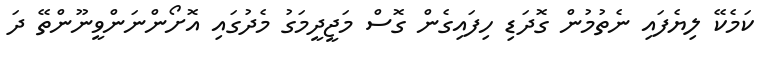
ކަމެކޭ ލިޔެފައި ނެތުމުން ގޮދަޑި ހިފައިގެން ގޮސް މަޖީދީމަގު މެދުގައި އޮށޯންނަންވީނޫންތޭ ދަ